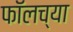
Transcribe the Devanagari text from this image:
फॉलच्या